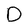
Character: D